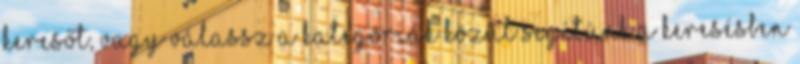
keresőt, vagy válassz a kategóriák közül Segítünk a keresésben